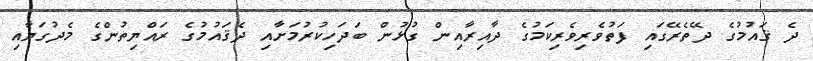
ދެ ޤައުމުގެ ދޭތެރޭގައި ފަތުވެރިވެރިކަމުގެ ދާއިރާއިން ގުޅުން ބަދަހިކުރުމަށާއި ދެޤައުމުގެ ރައްޔިތުންގެ މެދުގަޔާއި